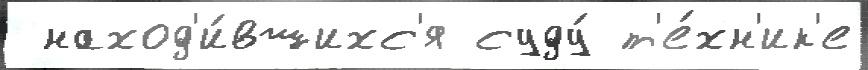
 наход'и́вшихс'я суду́ т'е́хн'ик'е